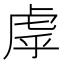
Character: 虖